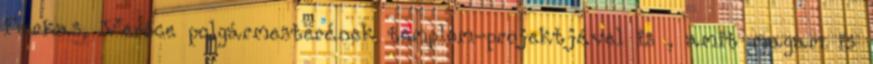
Farkas, Verőce polgármesterének temp­lom-projektjével is , amit magam is